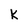
Character: k